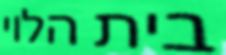
בית הלוי